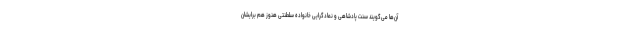
آن‌ها می‌گویند سنت پادشاهی و نمادگرایی خانواده سلطنتی هنوز هم برایشان